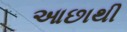
આછાથી